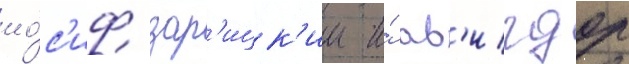
ио́с'иф зар'ицк'ии и́ ав'игдор